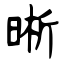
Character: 晰